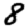
Digit: 8